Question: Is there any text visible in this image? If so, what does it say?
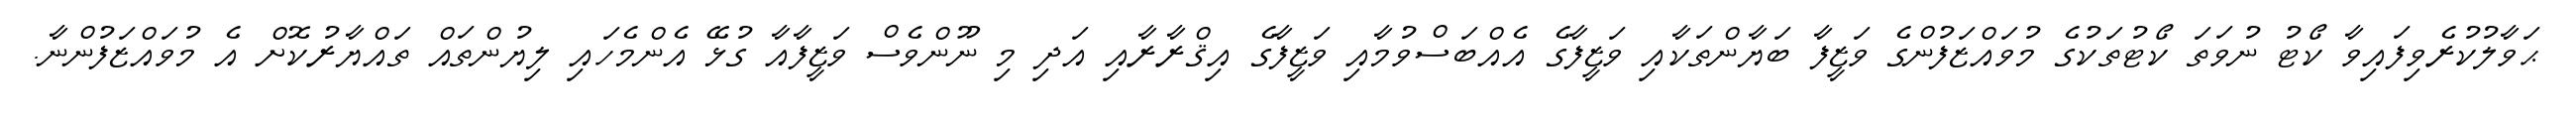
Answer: ޙަވާލުކުރެވިފައިވާ ކޯޓު ނުވަތަ ކޯޓުތަކުގެ މުވައްޒަފުންގެ ވަޒީފާ ބަޔާންތަކާއި ވަޒީފާގެ އެއްބަސްވުމާއި ވަޒީފާގެ އިޤްރާރާއި އަދި މި ނޫންވެސް ވަޒީފާއާ ގުޅޭ އެންމެހައި ލިޔުންތައް ތައްޔާރުކޮށް އެ މުވައްޒަފުންނާ.